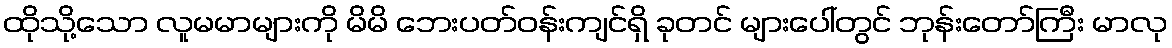
ထိုသို့သော လူမမာများကို မိမိ ဘေးပတ်ဝန်းကျင်ရှိ ခုတင် များပေါ်တွင် ဘုန်းတော်ကြီး မာလု